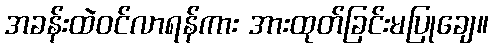
အခန်းထဲဝင်လာရန်ကား အားထုတ်ခြင်းမပြုချေ။